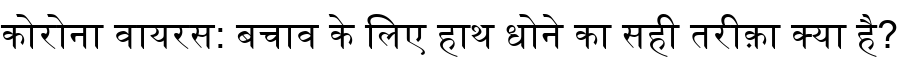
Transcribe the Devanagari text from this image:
कोरोना वायरस: बचाव के लिए हाथ धोने का सही तरीक़ा क्या है?